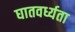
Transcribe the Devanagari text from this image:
घातवर्ध्यता